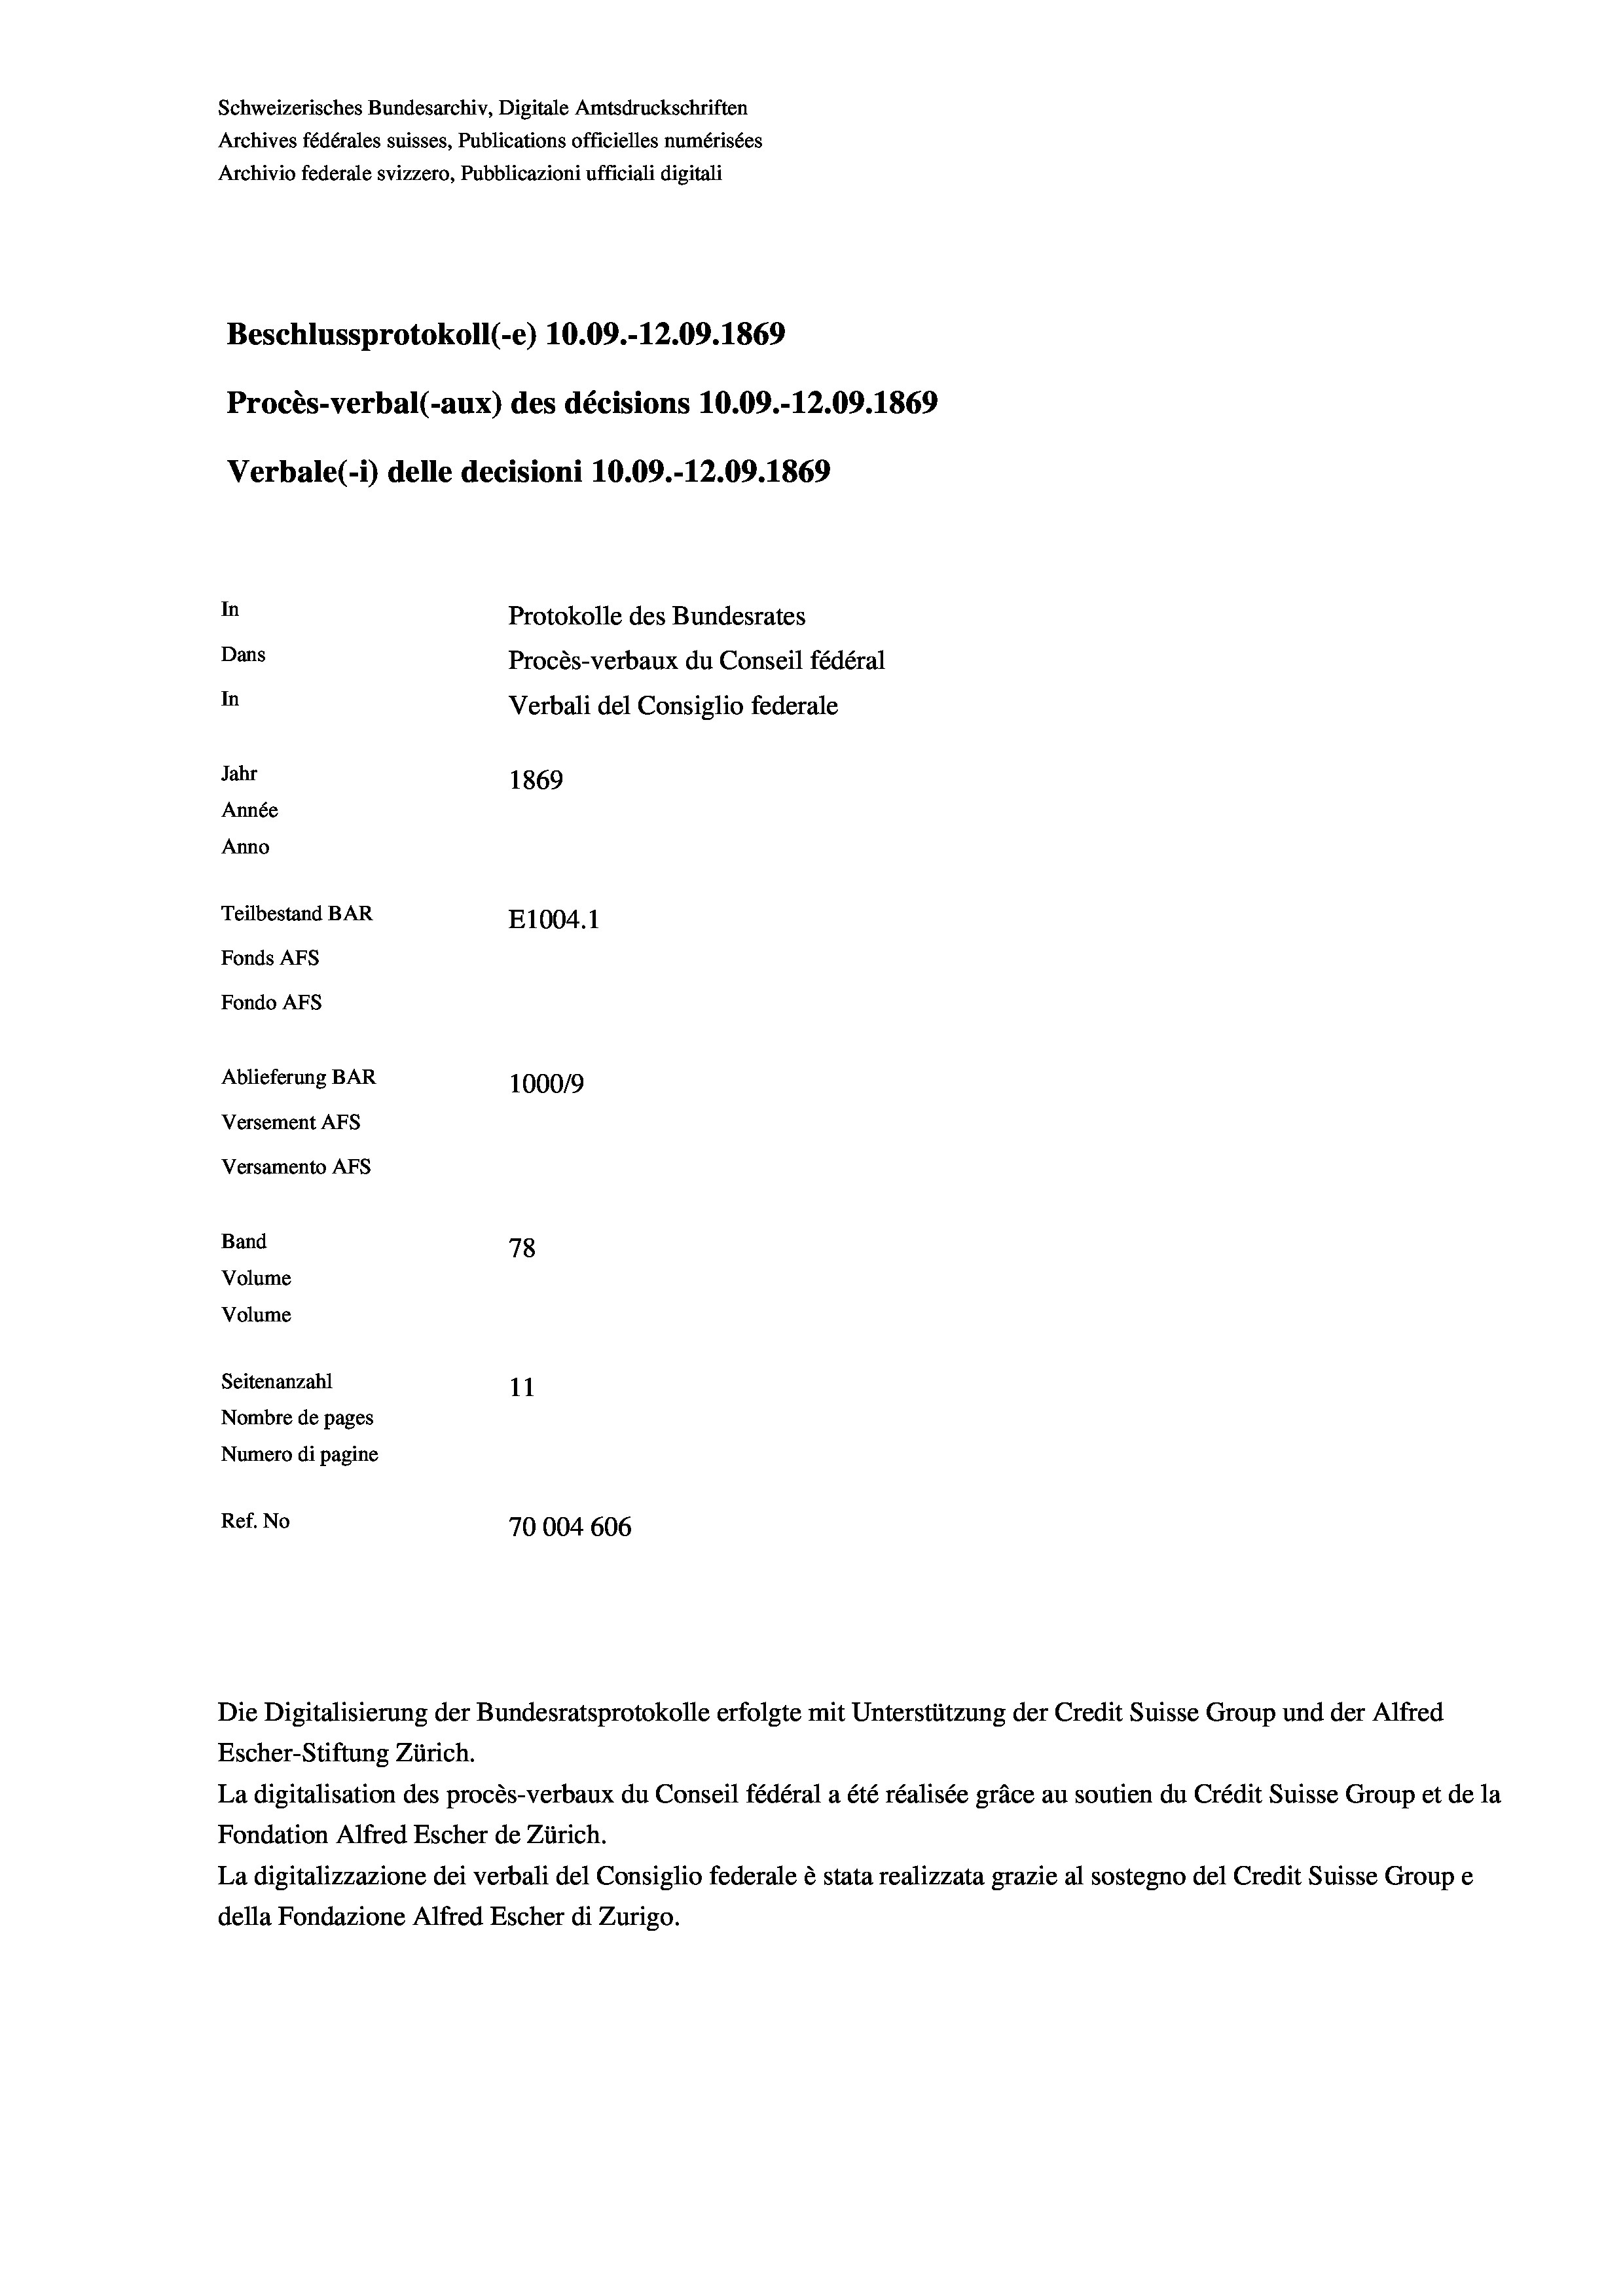
Schweizerisches Bundesarchiv, Digitale Amtsdruckschriften
Archives fédérales suisses, Publications officielles numérisées
Archivio federale svizzero, Pubblicazioni ufficiali digitali
Beschlussprotokoll (-e) 10.09.-12.09. 1869
Procès-verbal (-aux) des décisions 10.09.-12.09. 1869
Verbale (- 1) delle decisioni 10.09.-12.09. 1869
In
Protokolle des Bundesrates
Dans
Procès-verbaux du Conseil fédéral
In
Verbali del Consiglio federale
Jahr
1869
Année
Anno
Teilbestand BAR
E1004.1
Fonds AFs
Fondo AFS
Ablieferung BAR
100019
Versement AFs
Versamento AFs
Band
78
Volume
Volume

Seitenanzahl
Nombre de pages
Numero di pagine
Ref. No

11
70004606

Die Digitalisierung der Bundesratsprotokolle erfolgte mit Unterstützung der Credit Suisse Group und der Alfred
Escher-Stiftung Zürich.
La digitalisation des procès-verbaux du Conseil fédéral a été réalisée gräce au soutien du Crédit Suisse Group et de la
Fondation Alfred Escher de Zürich.
La digitalizzazione dei verbali del Consiglio federale è stata realizzata grazie al sostegno del Credit Suisse Groupe
della Fondazione Alfred Escher di Zurigo.